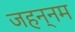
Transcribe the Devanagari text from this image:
जहन्नम